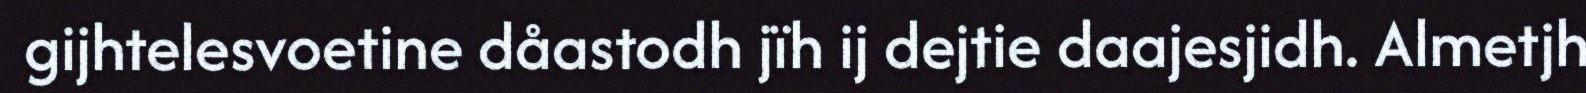
gijhtelesvoetine dåastodh jïh ij dejtie daajesjidh. Almetjh